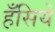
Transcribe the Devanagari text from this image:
हँसिये